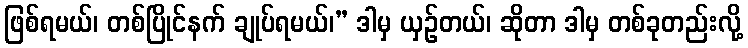
ဖြစ်ရမယ်၊ တစ်ပြိုင်နက် ချုပ်ရမယ်၊” ဒါမှ ယှဉ်တယ်၊ ဆိုတာ ဒါမှ တစ်ခုတည်းလို့